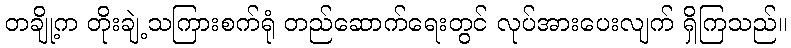
တချို့က တိုးချဲ့သကြားစက်ရုံ တည်ဆောက်ရေးတွင် လုပ်အားပေးလျက် ရှိကြသည်။